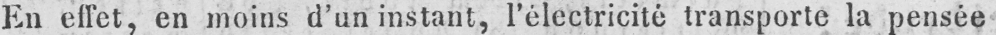
En effet, en moins d’un instant, l’électricité transporte la pensée